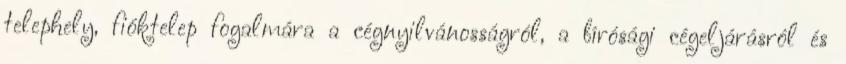
telephely, fióktelep fogalmára a cégnyilvánosságról, a bírósági cégeljárásról és